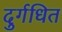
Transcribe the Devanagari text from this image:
दुर्गधित